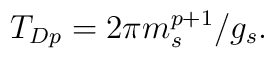
T_{Dp} = 2\pi {m_s^{p+1}}/{g_s}.